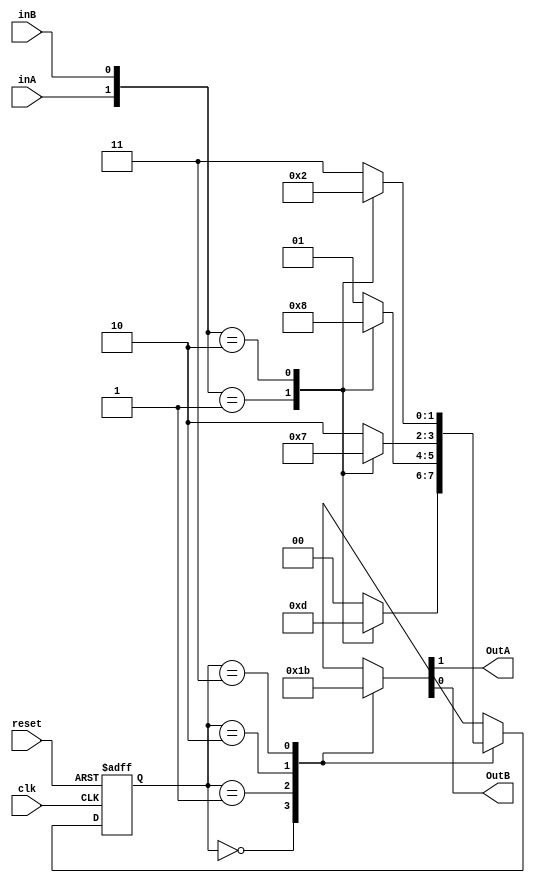
module my_moore1(clk,reset,inA,inB,OutA,OutB);

input clk,reset,inA,inB;
output OutA,OutB;
reg OutA=0,OutB=0;
reg[1:0] estado_actual=0,estado_siguiente=0;

parameter E0=0,E1=1,E2=2,E3=3;   // 4 estados posibles

//*********************************  Parte 1  ****************************************************************
//Parte combinacional formada por procedimiento  "always @( entradas y estado_actual )" **********************
//************************************************************************************************************

always @(inA or inB or estado_actual)

begin

	case(estado_actual)
	
		E0:begin
			case ({inA,inB})
				0:estado_siguiente=E0;
				1:estado_siguiente=E3;
				2:estado_siguiente=E1;
				default:estado_siguiente=E0;
			endcase
		   end
		   
		E1:begin
			case ({inA,inB})
				0:estado_siguiente=E1;
				1:estado_siguiente=E2;
				2:estado_siguiente=E0;
				default:estado_siguiente=E1;
			endcase
		   end
		   
		E2:begin
			case ({inA,inB})
				0:estado_siguiente=E2;
				1:estado_siguiente=E1;
				2:estado_siguiente=E3;
				default:estado_siguiente=E2;
			endcase
		   end
		   
		E3:begin
			case ({inA,inB})
				0:estado_siguiente=E3;
				1:estado_siguiente=E0;
				2:estado_siguiente=E2;
				default:estado_siguiente=E3;
			endcase
		   end
		   
		default:estado_siguiente=E0;
		
	endcase
end



// ************************** Parte 2 *****************************************************
// Parte secuencial, el estado_actual capturar el nuevo estado (estado_siguiente) ********
// ****************************************************************************************

always @(posedge clk or posedge reset)
begin
  if(reset) estado_actual<=E0;
  else estado_actual <= estado_siguiente;
end



// **********************  Parte 3 (3a) ************************************************************
// Parte combinacional, se asigna un valor de salida en funcin del estado en el que nos encontramos
//**************************************************************************************************

always @(estado_actual)
begin
	case(estado_actual)
	  E0:{OutA,OutB}=0;
	  E1:{OutA,OutB}=1;
	  E2:{OutA,OutB}=2;
	  E3:{OutA,OutB}=3;
	  default: {OutA,OutB}=0;
	endcase
end

endmodule